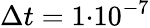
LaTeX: \Delta t=1{\cdot}10^{-7}